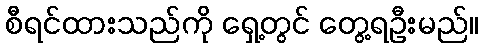
စီရင်ထားသည်ကို ရှေ့တွင် တွေ့ရဦးမည်။